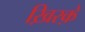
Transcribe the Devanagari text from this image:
ख़िरक़े